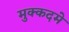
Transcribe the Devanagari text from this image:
मुक्कदमे